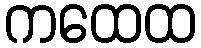
ကထေထ